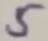
Text: 5